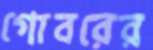
গোবরের